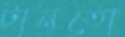
টানতো